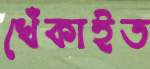
খেঁকাইত